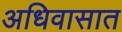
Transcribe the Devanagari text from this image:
अधिवासात